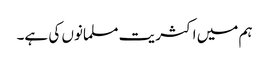
ہم میں اکثریت مسلمانوں کی ہے۔